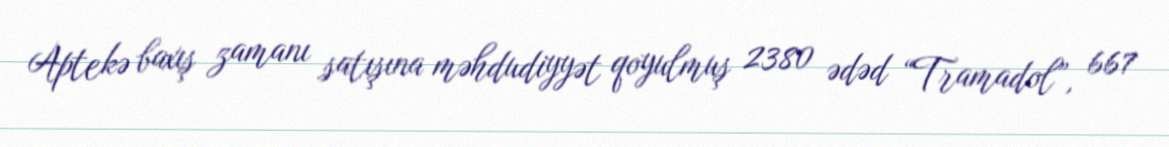
Aptekə baxış zamanı satışına məhdudiyyət qoyulmuş 2380 ədəd “Tramadol”, 667